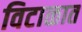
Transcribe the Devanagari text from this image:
विटाळात